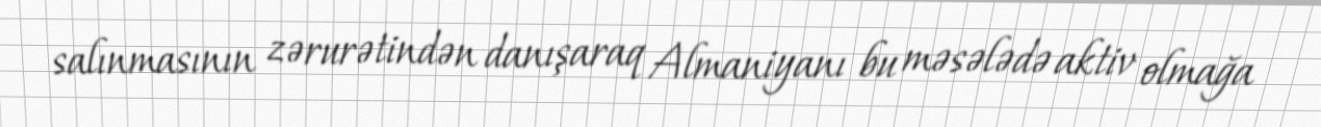
salınmasının zərurətindən danışaraq Almaniyanı bu məsələdə aktiv olmağa